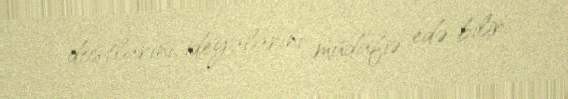
dostlarını, ideyalarını müdafiə edə bilir.